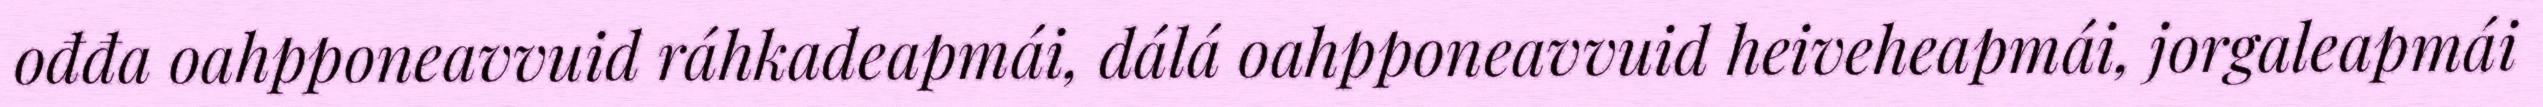
ođđa oahpponeavvuid ráhkadeapmái, dálá oahpponeavvuid heiveheapmái, jorgaleapmái